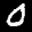
Label: 0